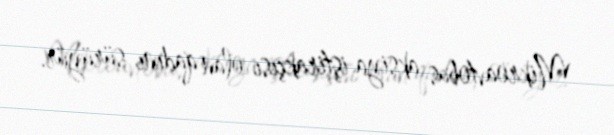
Mikroavtobus aksiya iştirakçısı olan qadını sürüyür.